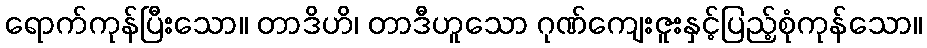
ရောက်ကုန်ပြီးသော။ တာဒိဟိ၊ တာဒီဟူသော ဂုဏ်ကျေးဇူးနှင့်ပြည့်စုံကုန်သော။